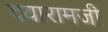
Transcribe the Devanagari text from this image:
दयारामजी